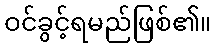
ဝင်ခွင့်ရမည်ဖြစ်၏။